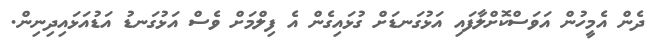
ދެން އެމީހުން އަވަސްކޮށްލާފައި އަޅުގަނޑަށް ގުޅައިގެން އެ ފިލްމަށް ވެސް އަޅުގަނޑު އަޑުއަޅައިދިނިން.